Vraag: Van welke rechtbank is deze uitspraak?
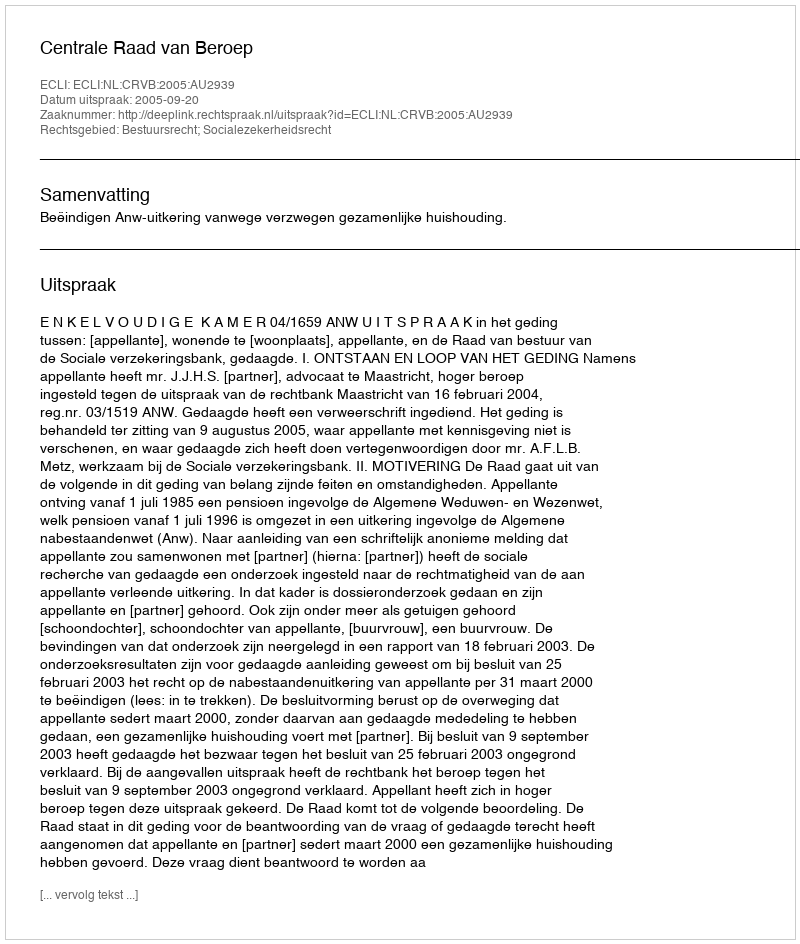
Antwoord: Centrale Raad van Beroep